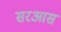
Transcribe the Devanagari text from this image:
सरआस